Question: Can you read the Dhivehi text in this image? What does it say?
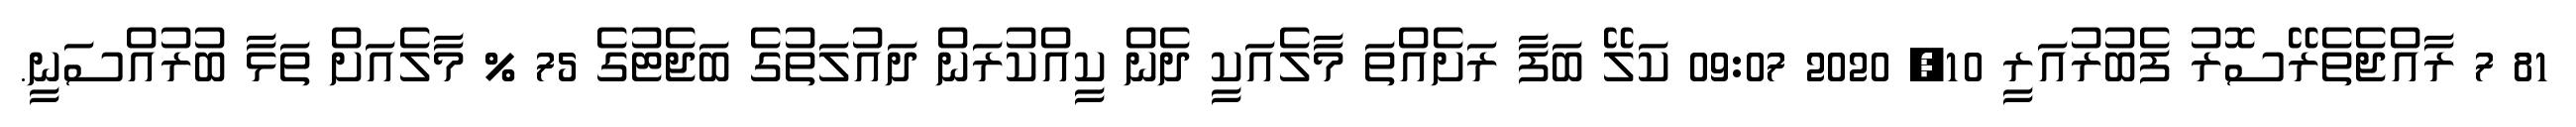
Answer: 81 7 ރާއްޖެތެރޭސޮރު ފެބުރުއަރީ 10, 2020 09:07 ކަލޭ ބަފާ ރަށެއްތަ މާލެއަކީ ދެން ކީއްކުރަން ދައުލަތުގެ ބަޖެޓުގެ 75 % މާލެއަށް ތަޅާ ބުރުއްސަނީ.